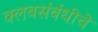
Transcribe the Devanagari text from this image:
क्लबसंबंधीचे